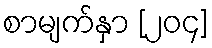
စာမျက်နှာ [၂၀၄]